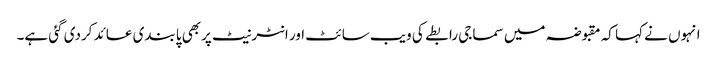
انہوں نے کہا کہ مقبوضہ میں سماجی رابطے کی ویب سائٹ اور انٹرنیٹ پربھی پابندی عائد کردی گئی ہے۔